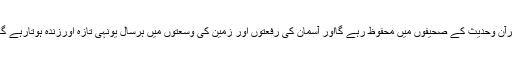
قرآن وحدیث کے صحیفوں میں محفوظ رہے گااور آسمان کی رفعتوں اور زمین کی وسعتوں میں ہرسال یونہی تازہ اورزندہ ہوتارہے گا۔